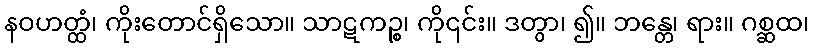
နဝဟတ္ထံ၊ ကိုးတောင်ရှိသော။ သာဋကဉ္စ၊ ကို၎င်း။ ဒတွာ၊ ၍။ ဘန္တေ၊ ရား။ ဂစ္ဆထ၊